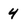
Character: 4